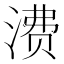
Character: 𬈕